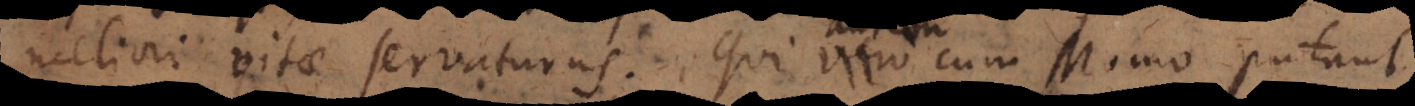
eliori vitae servaturus. Qui autem cum Momo putant